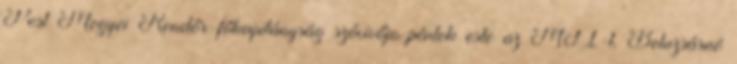
Pest Megyei Rendőr-főkapitányság szóvivője péntek este az MTI-t. Beluzsárné